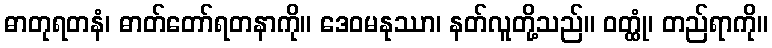
ဓာတုရတနံ၊ ဓာတ်တော်ရတနာကို။ ဒေဝမနုဿာ၊ နတ်လူတို့သည်။ ဝတ္ထုံ၊ တည်ရာကို။